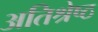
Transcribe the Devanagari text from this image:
अतिश्रेष्‍ठ